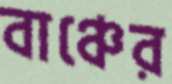
বাঞ্চের